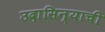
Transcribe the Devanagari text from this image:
उदासिन्याची